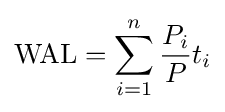
{\text{WAL}}=\sum _{i=1}^{n}{\frac {P_{i}}{P}}t_{i}